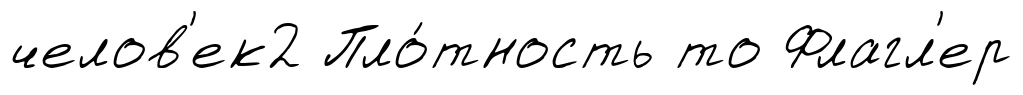
челов'ек2 Пло́тность то Флагл'ер